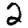
Digit: 2